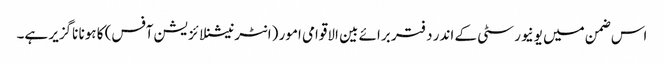
اس ضمن میں یونیورسٹی کے اندر دفتر برائے بین الاقوامی امور (انٹرنیشنلائزیشن آفس) کا ہونا ناگزیر ہے۔